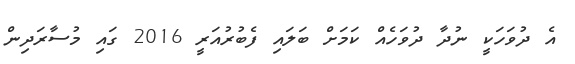
އެ ދުވަހަކީ ނުދާ ދުވަހެއް ކަމަށް ބަލައި ފެބުރުއަރީ 2016 ގައި މުސާރަދިން